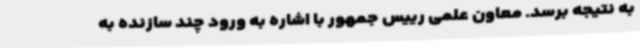
به نتیجه برسد. معاون علمی رییس جمهور با اشاره به ورود چند سازنده به